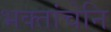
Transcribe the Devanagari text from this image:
भक्तांचेनि